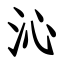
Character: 沁